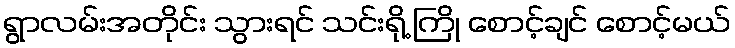
ရွာလမ်းအတိုင်း သွားရင် သင်းရို့ ကြို စောင့်ချင် စောင့်မယ်